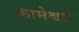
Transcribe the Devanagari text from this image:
कामेश्वरो